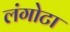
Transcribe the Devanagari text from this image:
लंगोटा